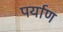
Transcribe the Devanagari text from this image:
पर्याण